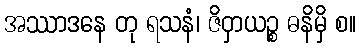
အဿာဒနေ တု ရသနံ၊ ဇိဝှာယဉ္စ ဓနိမှိ စ။